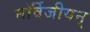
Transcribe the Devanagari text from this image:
नॉर्वेजीयन्